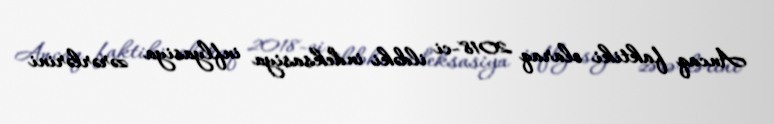
Ancaq faktiki olaraq 2018-ci ildəki indeksasiya inflyasiya zərərlərini